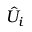
\hat { U } _ { i }